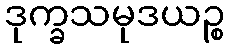
ဒုက္ခသမုဒယဉ္စ